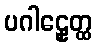
ပဂါဠှေတ္ထ